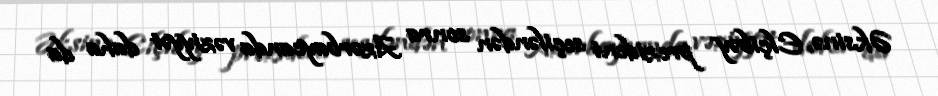
Əksinə, Elçibəy prezident seçiləndən sonra Azərbaycanda vəziyyət daha da